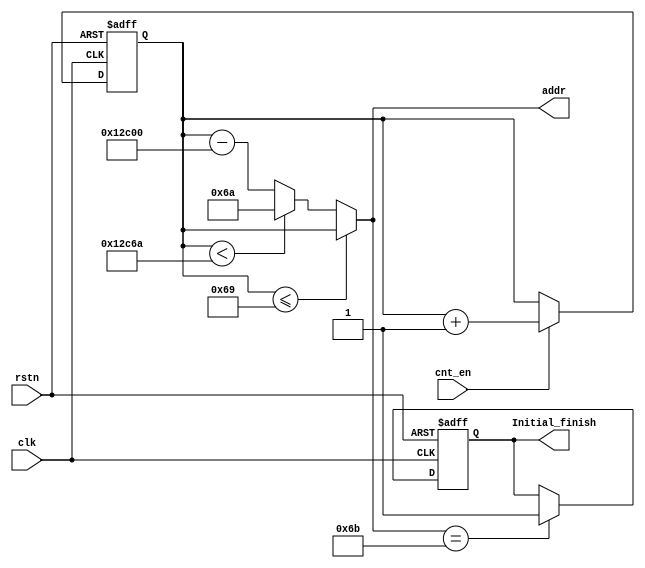
module Addr_Ini # (
    parameter ADDR_WIDTH = 17
)(
    input                       clk,
    input                       rstn,
    input                       cnt_en,
    output         reg          Initial_finish,
    output [ADDR_WIDTH-1 : 0]   addr
);

reg [ADDR_WIDTH-1 : 0] cnt;
wire[ADDR_WIDTH-1 : 0] cnt_nxt = cnt + 1'b1;

always @ (posedge clk or negedge rstn) begin
    if (~rstn) begin 
        cnt <= {ADDR_WIDTH{1'b0}};
    end else begin
        if (cnt_en)    cnt <= cnt_nxt; 
        else             cnt <= cnt;
    end
end

assign addr = ( cnt <= 17'd105 ) ? cnt : (cnt < 17'd76906 ? 17'd106 : cnt - 17'd76800 );

always @(posedge clk , negedge rstn) begin
    if (!rstn) begin
        Initial_finish = 1'b0;
    end else begin
        if (addr == 17'd107) begin
            Initial_finish = 1'b1;
        end
    end
end

endmodule